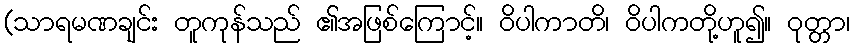
(သာရမဏချင်း တူကုန်သည် ၏အဖြစ်ကြောင့်။ ဝိပါကာတိ၊ ဝိပါကတို့ဟူ၍။ ဝုတ္တာ၊